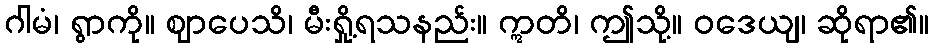
ဂါမံ၊ ရွာကို။ ဈာပေသိ၊ မီးရှို့ရသနည်း။ ဣတိ၊ ဤသို့။ ဝဒေယျ၊ ဆိုရာ၏။